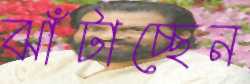
ঝাঁটাচ্ছেন